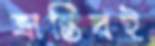
ভ্রান্তিরই